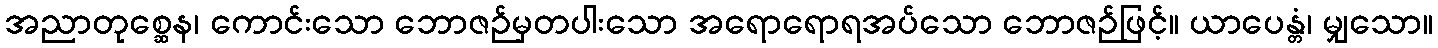
အညာတုစ္ဆေန၊ ကောင်းသော ဘောဇဉ်မှတပါးသော အရောရောရအပ်သော ဘောဇဉ်ဖြင့်။ ယာပေန္တံ၊ မျှသော။